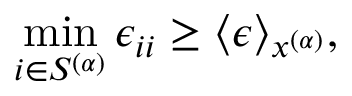
\operatorname* { m i n } _ { i \in S ^ { ( \alpha ) } } \epsilon _ { i i } \ge \langle \epsilon \rangle _ { x ^ { ( \alpha ) } } ,